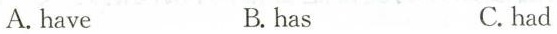
A.have B.has C.had